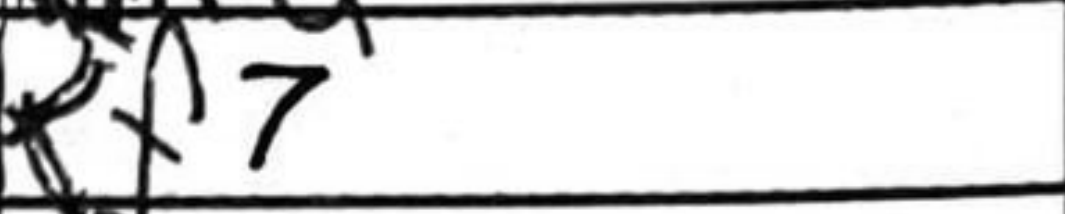
Transcription: Rf7